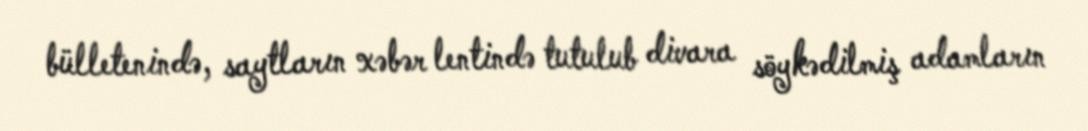
bülletenində, saytların xəbər lentində tutulub divara söykədilmiş adamların